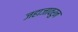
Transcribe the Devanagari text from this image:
जहाजावरुन